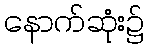
နောက်ဆုံး၌